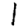
Digit: 1